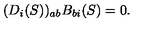
( D _ { i } ( S ) ) _ { a b } B _ { b i } ( S ) = 0 .